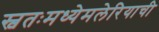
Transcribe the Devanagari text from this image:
स्वतःमध्येमलेरियाची